Indian journal of veterinary science and animal husbandry - Volume 8,
Year: 1938
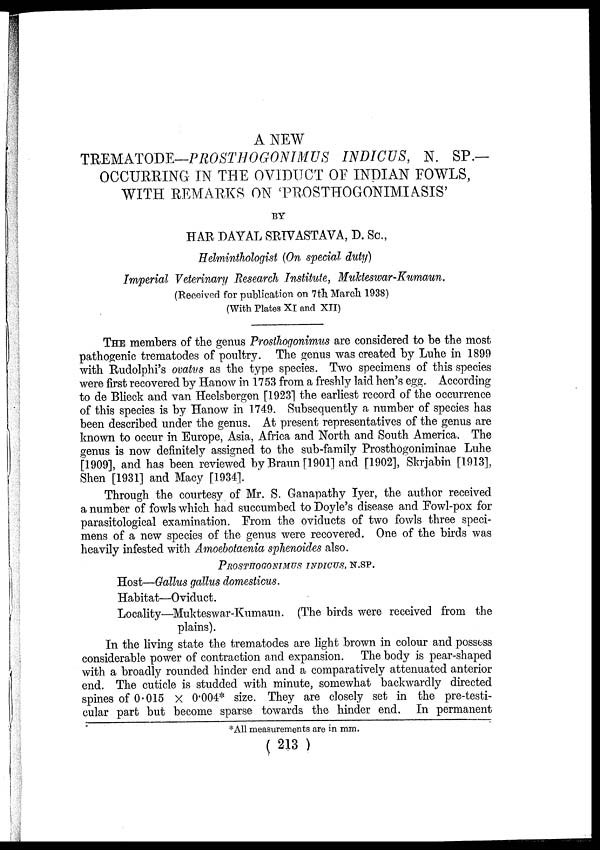
A NEW
TREMATODE—PROSTHOGONIMUS
INDICUS, N. SP.—
OCCURRING IN THE OVIDUCT OF INDIAN FOWLS,
WITH REMARKS ON 'PROSTHOGONIMIASIS'
BY
HAR DAYAL SRIVASTAVA, D. Sc.,
Helminthologist (On special duty)
Imperial Veterinary Research Institute, Mukteswar-Kumaun.
(Received for publication on 7th March 1938)
(With Plates XI and XII)
THE members of the genus Prosthogonimus are considered to be the most
pathogenic trematodes of poultry. The genus was created by Luhe in 1899
with Rudolphi's ovatus as the type species. Two specimens of this species
were first recovered by Hanow in 1753 from a freshly laid hen's egg. According
to de Blieck and van Heelsbergen [1923] the earliest record of the occurrence
of this species is by Hanow in 1749. Subsequently a number of species has
been described under the genus. At present representatives of the genus are
known to occur in Europe, Asia, Africa and North and South America. The
genus is now definitely assigned to the sub-family Prosthogoniminae Luhe
[1909], and has been reviewed by Braun [1901] and [1902], Skrjabin [1913],
Shen [1931] and Macy [1934].
Through the courtesy of Mr. S. Ganapathy Iyer, the author received
a number of fowls which had succumbed to Doyle's disease and Fowl-pox for
parasitological examination. From the oviducts of two fowls three speci-
mens of a new species of the genus were recovered. One of the birds was
heavily infested with Amoebotaenia sphenoides also.
PROSTHOGONIMUS INDICUS, N.SP.
Host—Gallus gallus domesticus.
Habitat—Oviduct.
Locality—Mukteswar-Kumaun. (The birds were received from the
plains).
In the living state the trematodes are light brown in colour and possess
considerable power of contraction and expansion. The body is pear-shaped
with a broadly rounded hinder end and a comparatively attenuated anterior
end. The cuticle is studded with minute, somewhat backwardly directed
spines of 0.015 × 0.004* size. They are closely set in the pre-testi¬
cular part but become sparse towards the hinder end. In permanent
*All measurements are in mm.
( 213 )